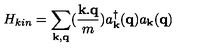
H _ { k i n } = \sum _ { { \bf { k } } , { \bf { q } } } ( \frac { { \bf { k . q } } } { m } ) a _ { { \bf { k } } } ^ { \dagger } ( { \bf { q } } ) a _ { { \bf { k } } } ( { \bf { q } } )